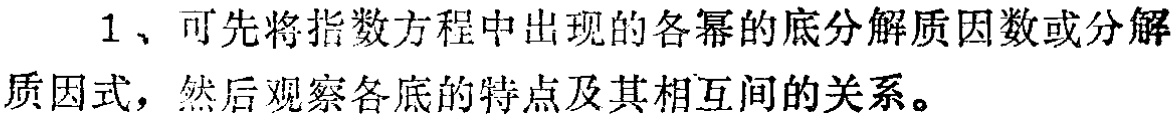
1、可先将指数方程中出现的各幂的底分解质因数或分解质因式，然后观察各底的特点及其相互间的关系。